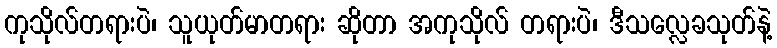
ကုသိုလ်တရားပဲ၊ သူယုတ်မာတရား ဆိုတာ အကုသိုလ် တရားပဲ၊ ဒီသလ္လေခသုတ်နဲ့